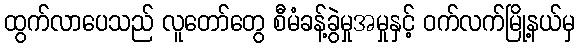
ထွက်လာပေသည် လူတော်တွေ စီမံခန့်ခွဲမှုအမှုနှင့် ဝက်လက်မြို့နယ်မှ